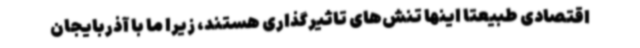
اقتصادی طبیعتاً اینها تنش‌های تاثیرگذاری هستند، زیرا ما با آذربایجان